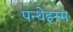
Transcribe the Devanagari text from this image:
पन्थेइस्म